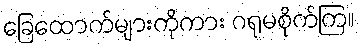
ခြေထောက်များကိုကား ဂရုမစိုက်ကြ။